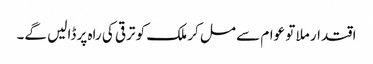
اقتدار ملا تو عوام سے مل کر ملک کو ترقی کی راہ پر ڈالیں گے۔